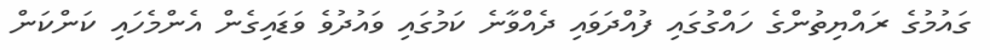
ގައުމުގެ ރައްޔިތުންގެ ހައްގުގައި ފުއްދަވައި ދެއްވާނެ ކަމުގައި ވައުދުވެ ވަޑައިގެން އެންމެހައި ކަންކަން